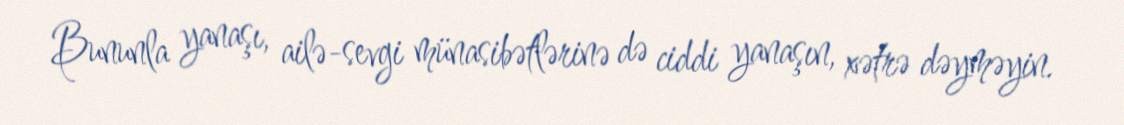
Bununla yanaşı, ailə-sevgi münasibətlərinə də ciddi yanaşın, xətrə dəyməyin.